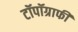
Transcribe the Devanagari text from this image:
टॉपॉग्राफी